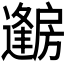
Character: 𱟦